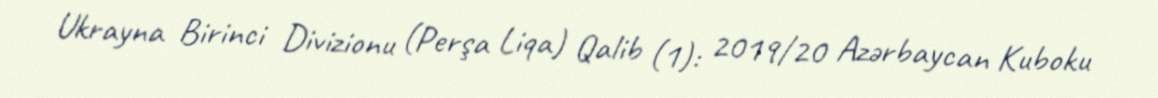
Ukrayna Birinci Divizionu (Perşa Liqa) Qalib (1): 2019/20 Azərbaycan Kuboku